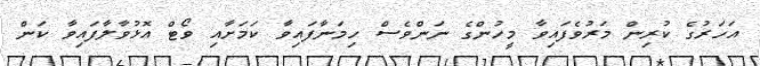
އަހަރުގެ ކުރިން މަރުވެފައިވާ މީހުންގެ ނަންވެސް ހިމަނާފައިވާ ކަމަށާއި ވޯޓް އޮޅުވާލާފައިވާ ކަން